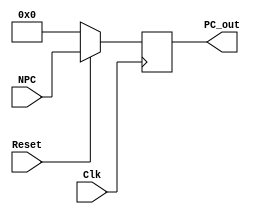
//PC
module PC(Clk,Reset,NPC,PC_out);

input Clk;
input Reset;
input [31:0] NPC;									//

output reg [31:0] PC_out;							//

//
initial begin
	PC_out=32'd0;
end

//PC
always@(posedge Clk) begin
	if(Reset) begin
			PC_out<=NPC;
		end
	else begin
			PC_out<=32'd0;
		end								
end
endmodule